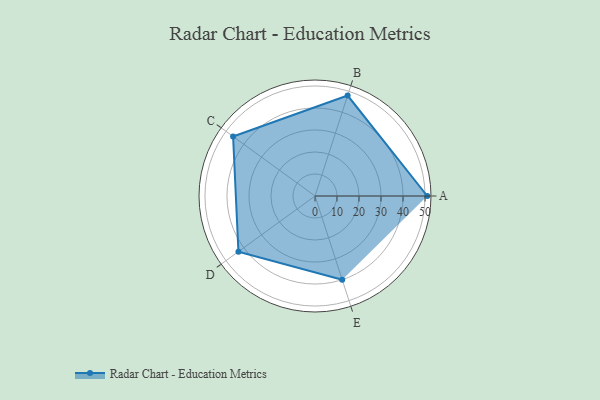
{"axis": {"x": "Skill", "y": "Score"}, "legend": ["Profile"], "data": [{"x": "A", "y": 51.0, "type": "Profile"}, {"x": "B", "y": 48.0, "type": "Profile"}, {"x": "C", "y": 46.0, "type": "Profile"}, {"x": "D", "y": 43.0, "type": "Profile"}, {"x": "E", "y": 40.0, "type": "Profile"}]}